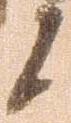
候